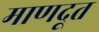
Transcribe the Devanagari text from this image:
माणदूत